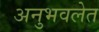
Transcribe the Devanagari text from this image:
अनुभवलेत